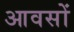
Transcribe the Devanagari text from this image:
आवसों